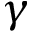
\gamma